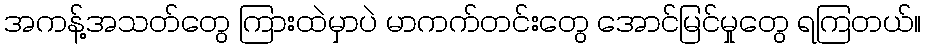
အကန့်အသတ်တွေ ကြားထဲမှာပဲ မာကက်တင်းတွေ အောင်မြင်မှုတွေ ရကြတယ်။